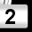
Digit: 2